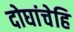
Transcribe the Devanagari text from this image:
दोघांचेहि